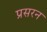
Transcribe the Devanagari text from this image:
प्रसरन